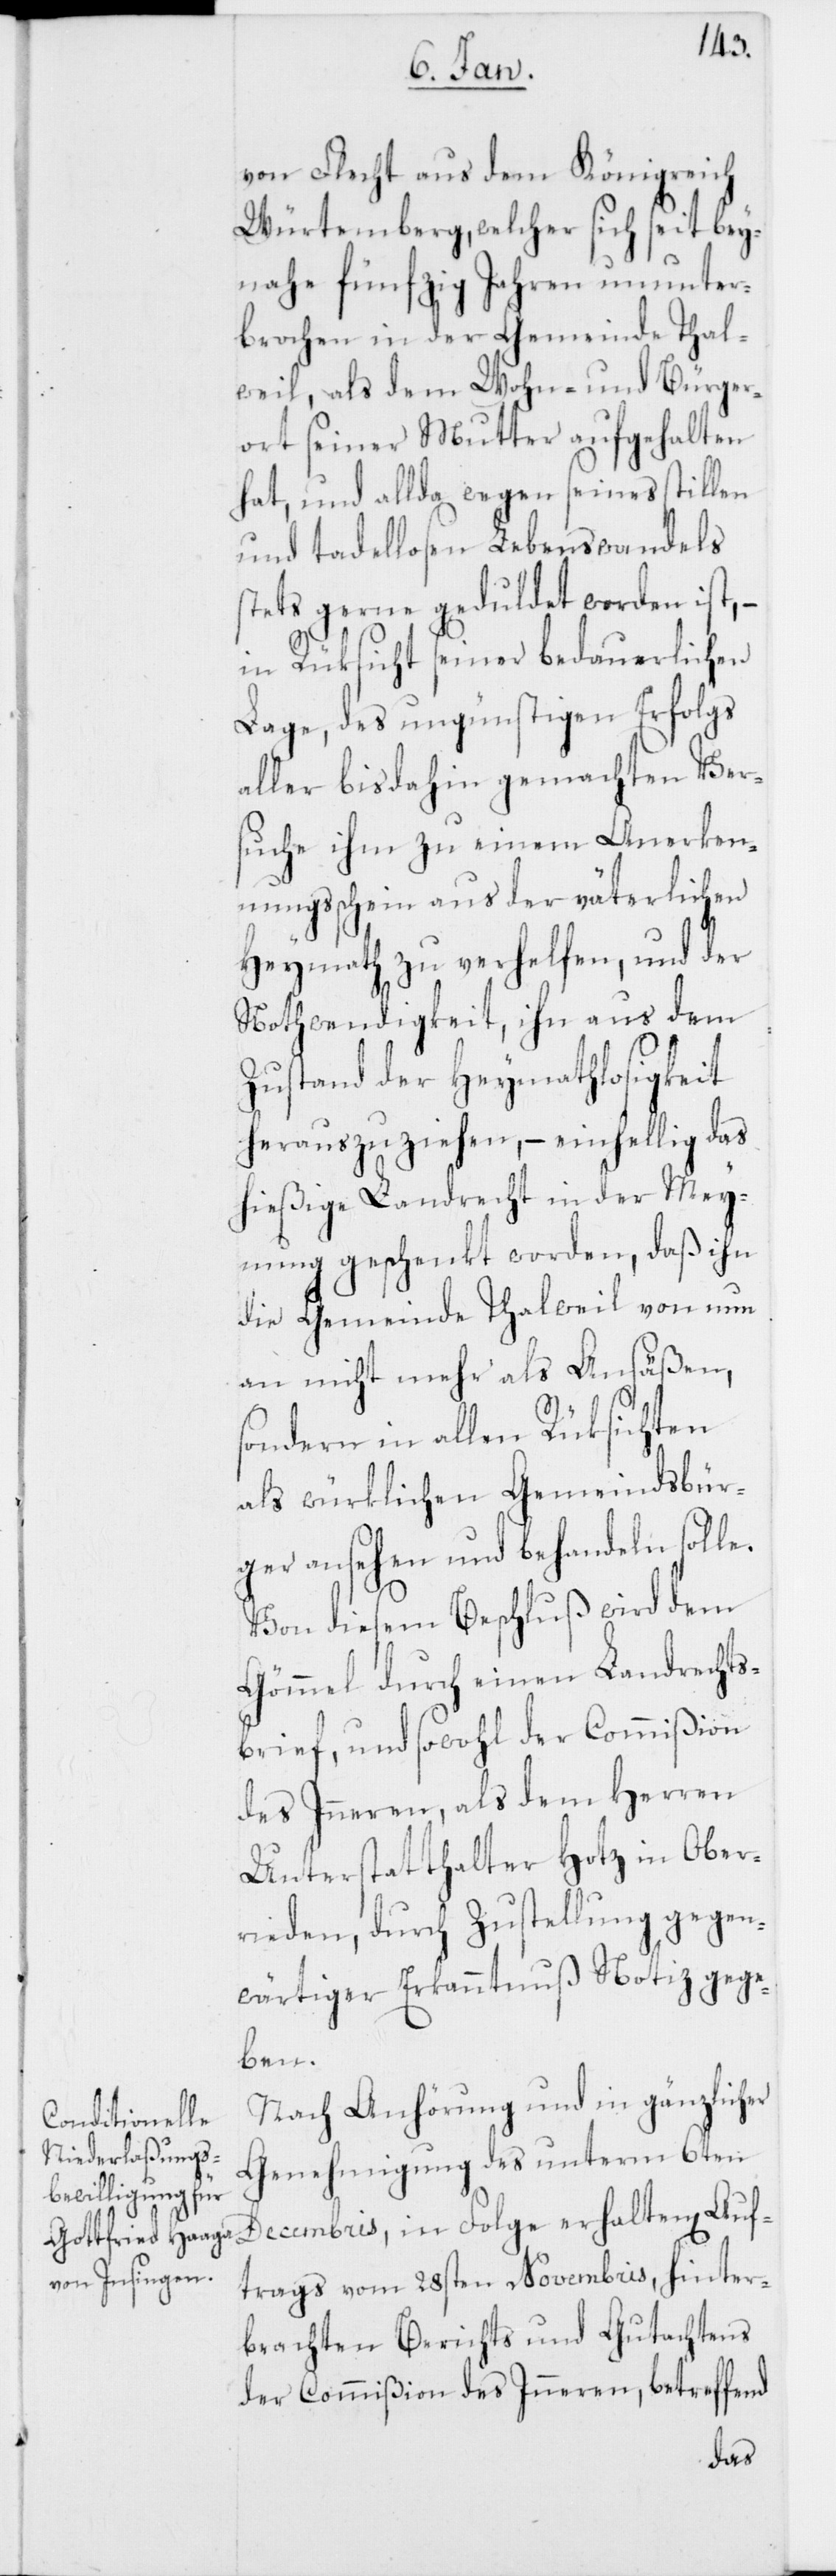
von Flecht aus dem Königreich
Würtemberg, welcher sich seit bey¬
nahe fünfzig Jahren ununter¬
brochen in der Gemeinde Thal¬
weil, als dem Wohn- und Bürger¬
ort seiner Mutter aufgehalten
hat, und allda wegen seines stillen
und tadellosen Lebenswandels
stets gerne geduldet worden ist,
in Rüksicht seiner bedauerlichen
Lage, des ungünstigen Erfolgs
aller bisdahin gemachten Ver¬
suche ihm zu einem Anerken¬
nungsschein aus der väterlichen
Heymath zu verhelfen, und der
Nothwendigkeit, ihn aus dem
Zustand der Heymathlosigkeit
herauszuziehen, – einhellig das
hießige Landrecht in der Mey¬
nung geschenkt worden, daß ihn
die Gemeinde Thalweil von nun
an nicht mehr als Ansäßen,
sondern in allen Rüksichten
als würklichen Gemeindsbür¬
ger ansehen und behandeln solle.
Von diesem Beschluß wird dem
Gömmel durch einen Landrechts¬
brief, und sowohl der Commißion
des Inneren, als dem Herren
Unterstatthalter Hotz in Ober¬
rieden, durch Zustellung gegen¬
wärtiger Erkanntnuß Notiz gege¬
ben.
Nach Anhörung und in gänzlicher
Genehmigung des unterm 6ten
Decembris, in Folge erhaltenen Auf¬
trags vom 28ten Novembris, hinter¬
brachten Berichts und Gutachtens
der Commißion des Inneren, betreffend